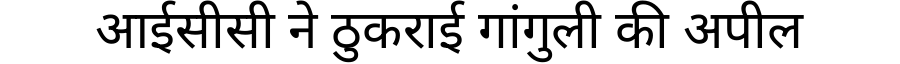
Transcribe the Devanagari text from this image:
आईसीसी ने ठुकराई गांगुली की अपील